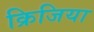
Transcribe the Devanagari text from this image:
क्रिजिया